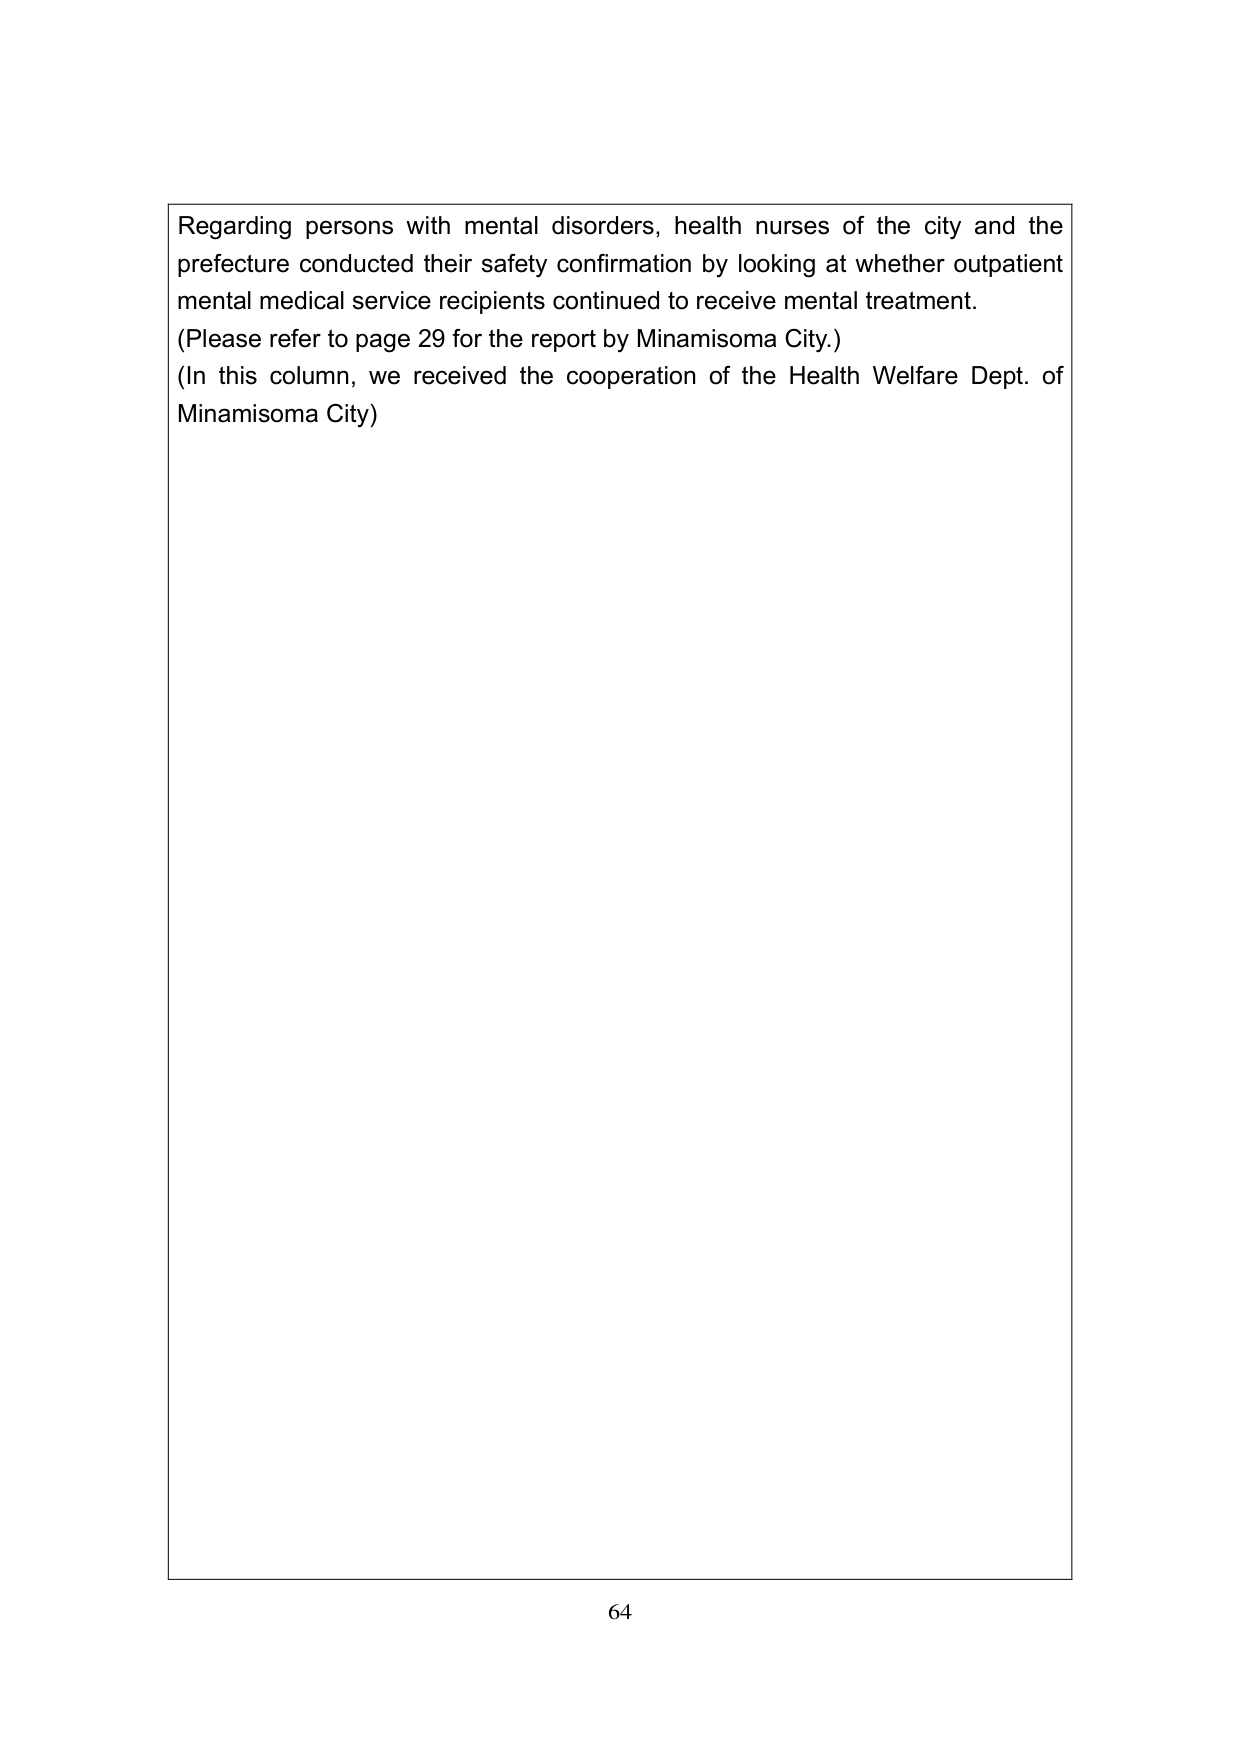
Regarding persons with mental disorders, health nurses of the city and the prefecture conducted their safety confirmation by looking at whether outpatient mental medical service recipients continued to receive mental treatment.
(Please refer to page 29 for the report by Minamisoma City.)
(In this column, we received the cooperation of the Health Welfare Dept. of Minamisoma City)
64